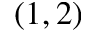
( 1 , 2 )